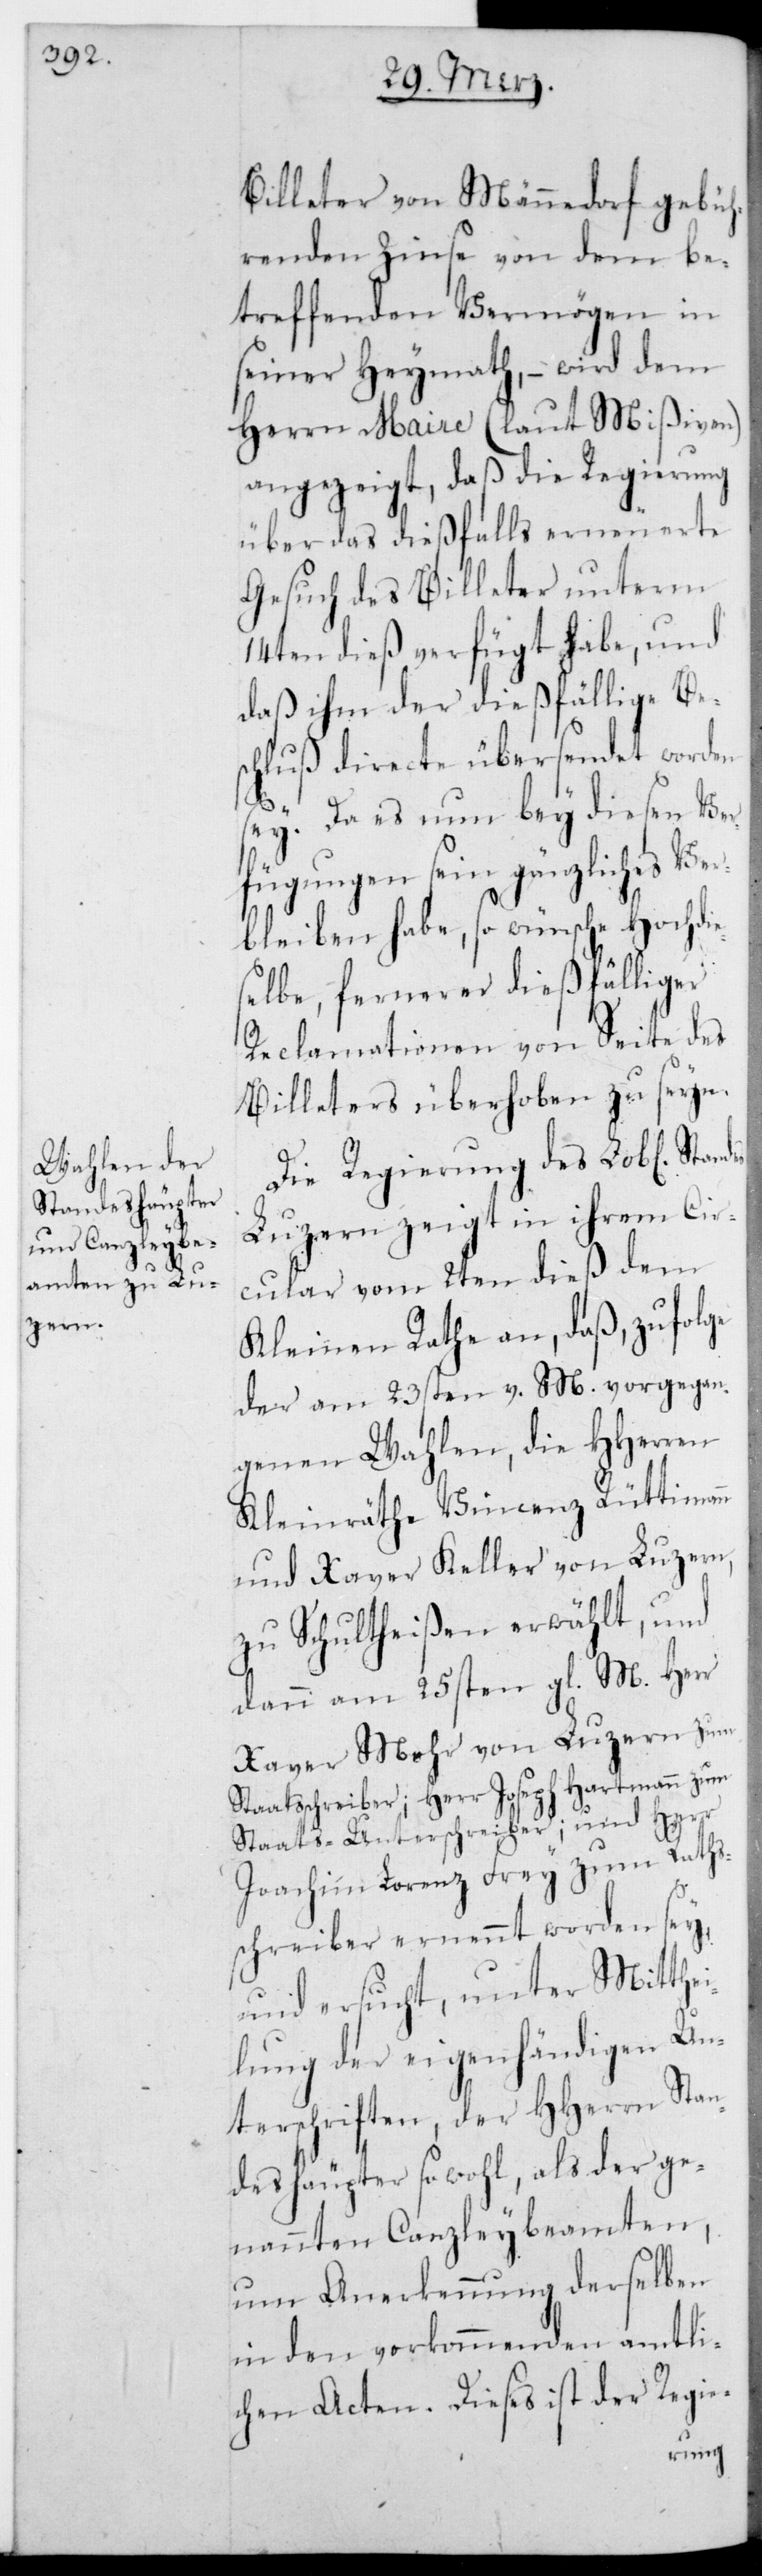
Billeter von Männedorf gebüh¬
renden Zinse von dem be¬
treffenden Vermögen in
seiner Heymath, – wird dem
Herrn Maire (laut Mißiven)
angezeigt, daß die Regierung
über das dießfalls erneuerete
Gesuch des Billeter unterm
14ten dieß verfügt habe, und
daß ihm der dießfällige Bes¬
chluß directe übersendet worden
sey. Da es nun bey diesen Ver¬
fügungen sein gänzliches Ver¬
bleiben habe, so wünsche Hochdie¬
selbe, fernerer dießfälliger
Reclamationen von Seite des
Billeters überhoben zu seyn.
Die Regierung des L. Standes
Luzern zeigt in ihrem Cir¬
cular vom 2ten dieß dem
Kleinen Rathe an, daß zufolge
der am 23sten v. M. vorgegan¬
genen Wahlen, die HHerren
Kleinräthe Vincenz Rüttimann
und Xaver Keller von Luzern,
zu Schultheißen erwählt, und
dann am 25sten gl. M. Herr
Xaver Mohr von Luzern zum
Staatsschreiber; Herr Joseph Hartmann zum
Staats-Unterschreiber; und Herr
Joachim Lorenz Frey zum Raths¬
schreiber ernennt worden sey,
und ersucht, unter Mitthe¬
ilung der eigenhändigen Un¬
terschriften, der HHerrn Stan¬
deshäupter sowohl, als der ge¬
nannten Canzleybeamten,
um Anerkennung derselben
in den vorkommenden amtli¬
chen Acten. Dieses ist der Regie-